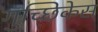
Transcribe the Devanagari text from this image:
गुच्छिकेस